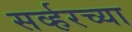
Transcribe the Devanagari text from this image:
सर्व्हरच्या